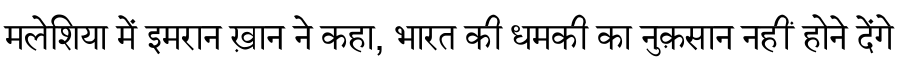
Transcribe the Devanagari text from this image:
मलेशिया में इमरान ख़ान ने कहा, भारत की धमकी का नुक़सान नहीं होने देंगे